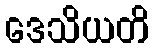
ဒေသိယတိ